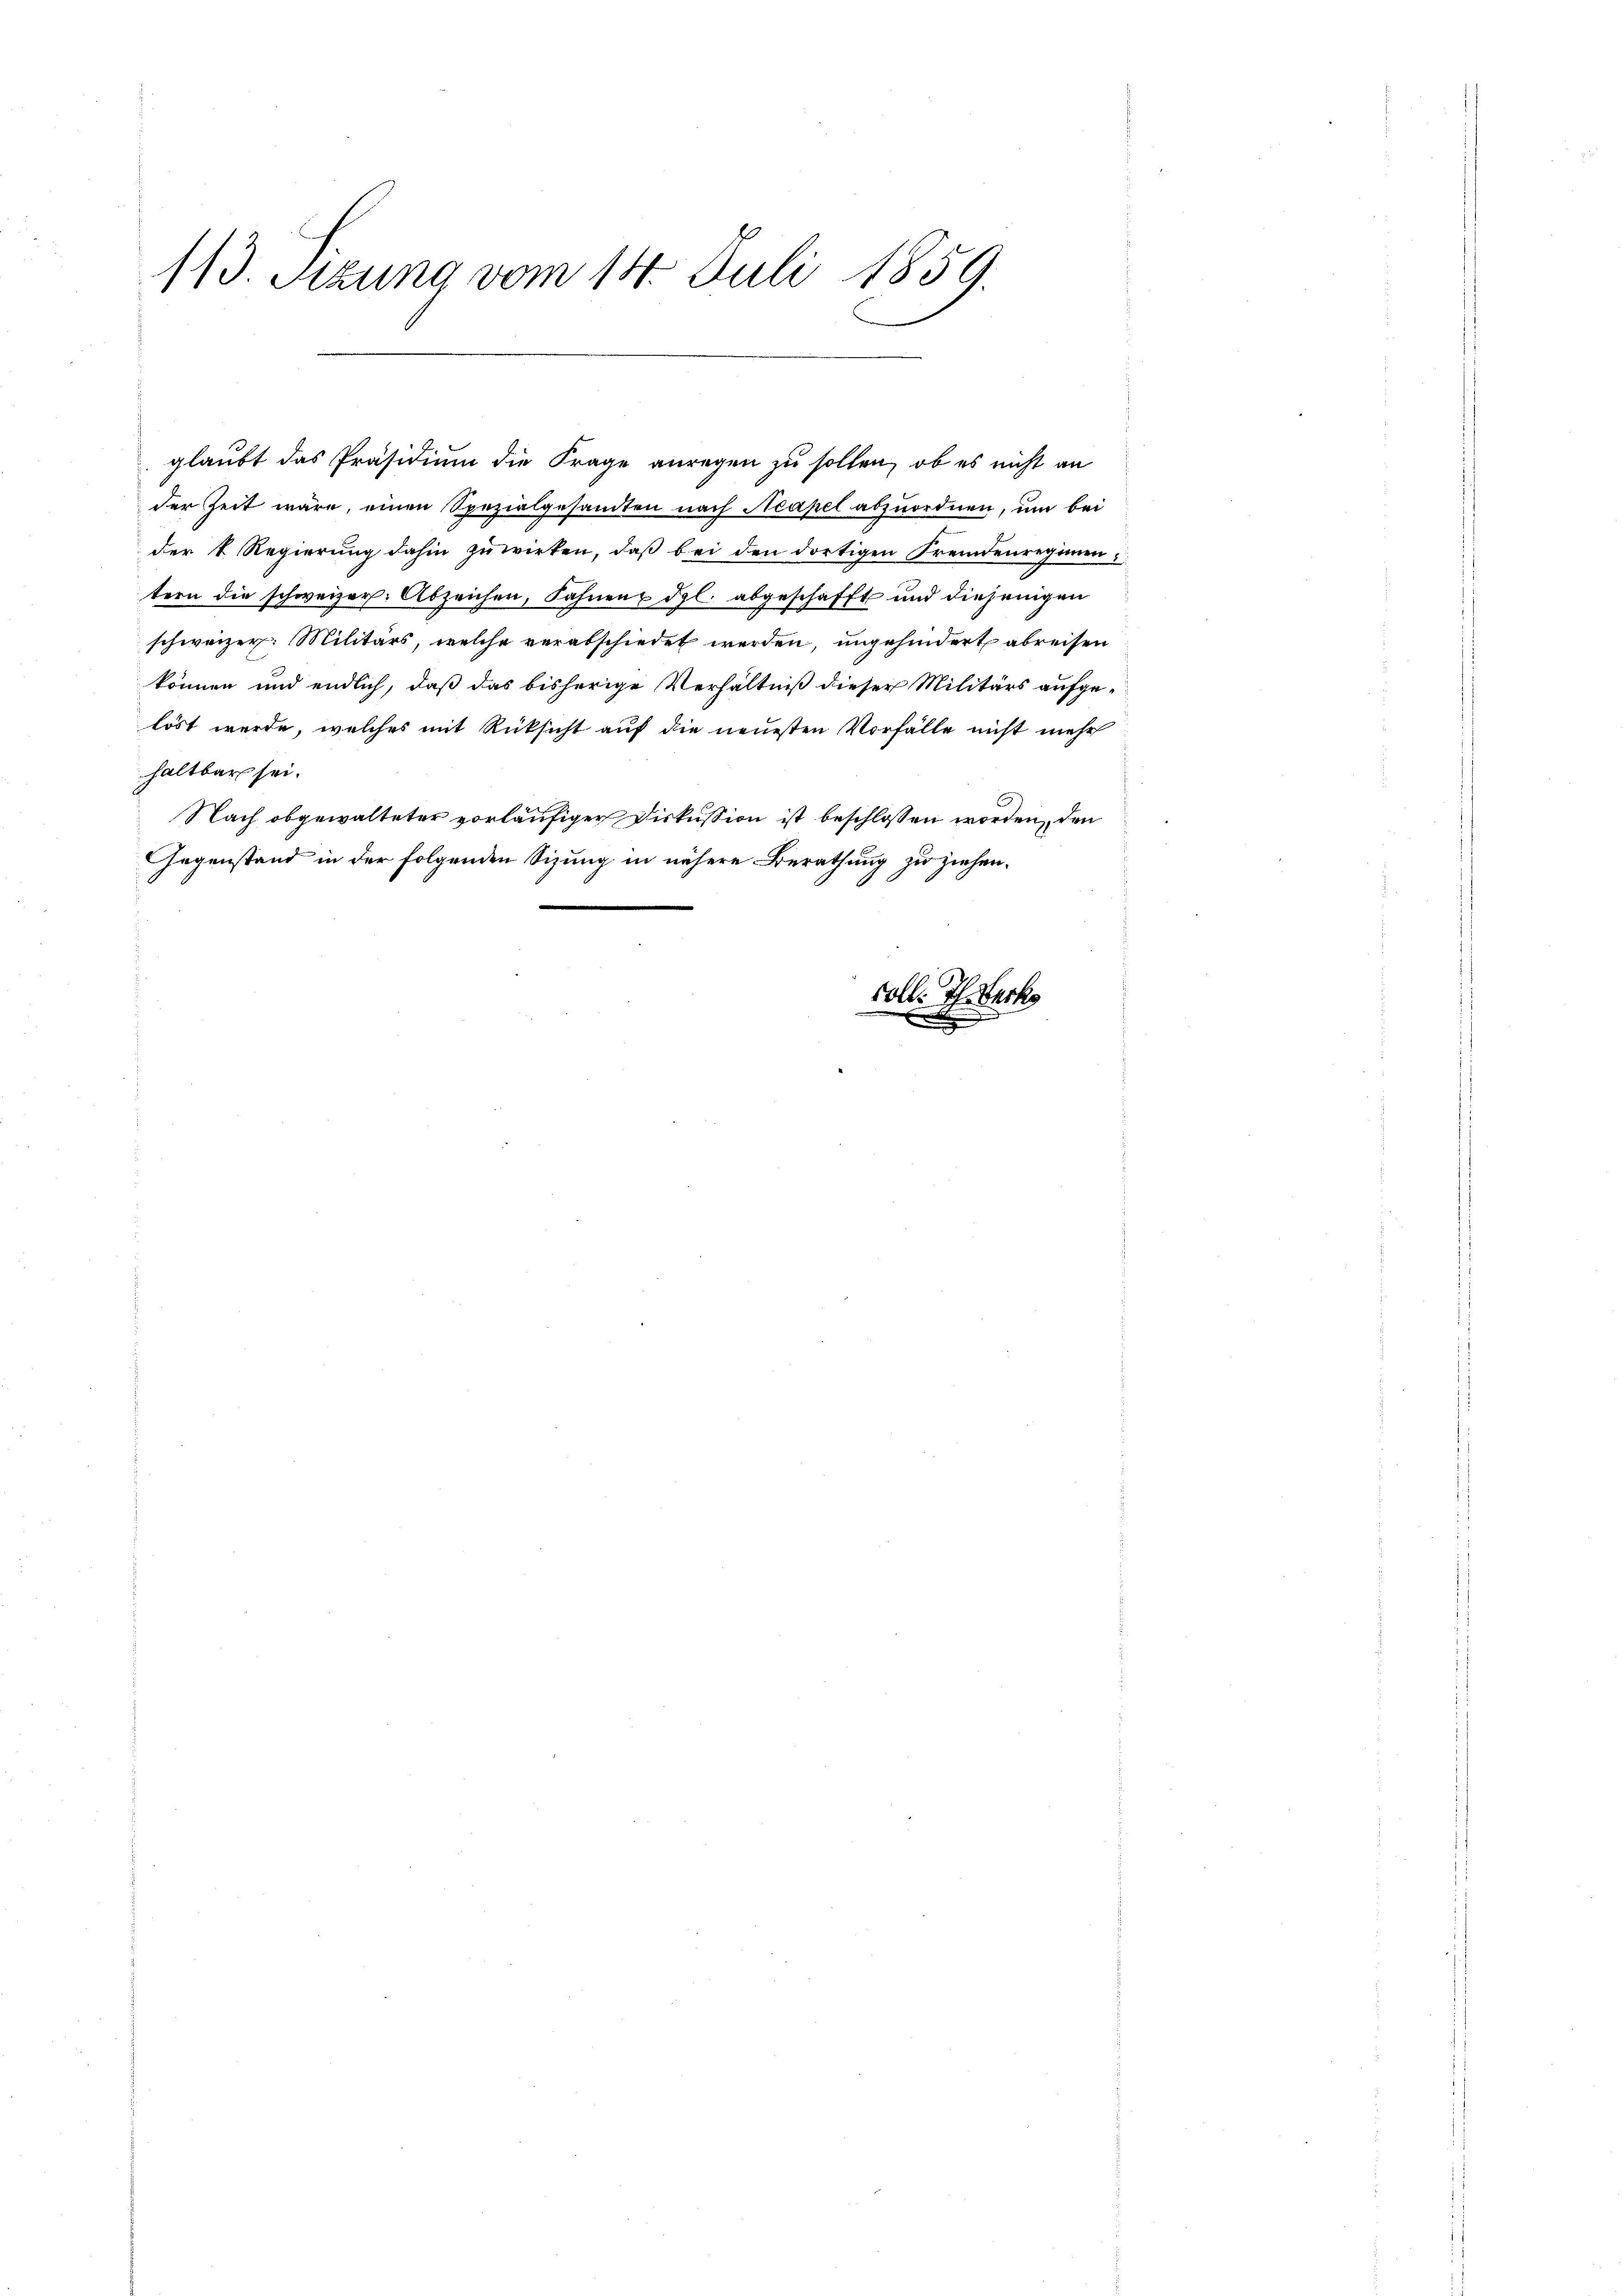
113. Sitzung vom 14. Juli 1859.

glaubt das Präsidium die Frage anregen zu sollen, ob es nicht an
der Zeit wäre, einen Spezialgesandten nach Neapel abzuordnen, um bei
der k. Regierung dahin zuwirken, daß bei den dortigen Fremdenregimentern die schweizer. Abzeichen, Fahnen & dgl. abgeschafft und diejenigen
schweizer. Militärs, welche verabschiedet werden, ungehindert abreisen
können und endlich, daß das bisherige Verhältniß dieser Militärs aufge-
löst werde, welches mit Rücksicht auf die neuesten Vorfälle nicht mehr
haltbar sei.
Nach obgewalteter vorläufiger Diskussion ist beschlossen worden, den
Gegenstand in der folgenden Sizung in nähere Berathung zu ziehen.
voll. Th. Back